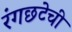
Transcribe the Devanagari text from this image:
रंगछटेची